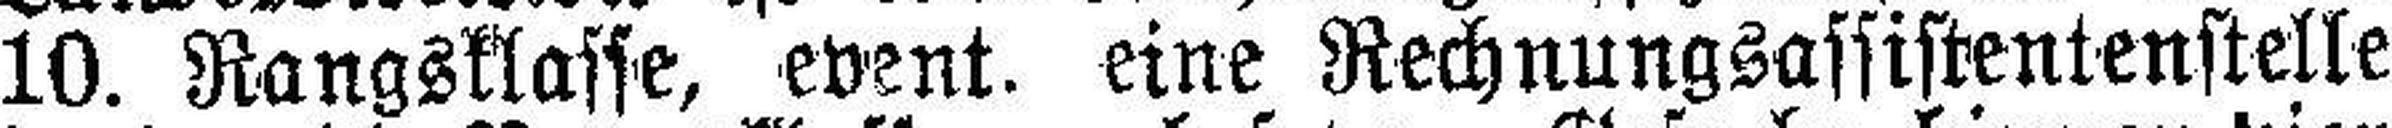
10. Rangsklasse, event. eine Rechnungsassistentenstelle